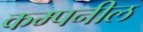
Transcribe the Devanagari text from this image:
कम्पनील